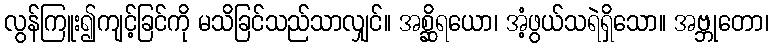
လွန်ကြူး၍ကျင့်ခြင်ကို မသိခြင်သည်သာလျှင်။ အစ္ဆိရယော၊ အံ့ဖွယ်သရဲရှိသော။ အဗ္ဘုတော၊